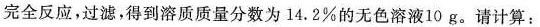
完全反应，过滤，得到溶质质量分数为14.2%的无色溶液10g。请计算：